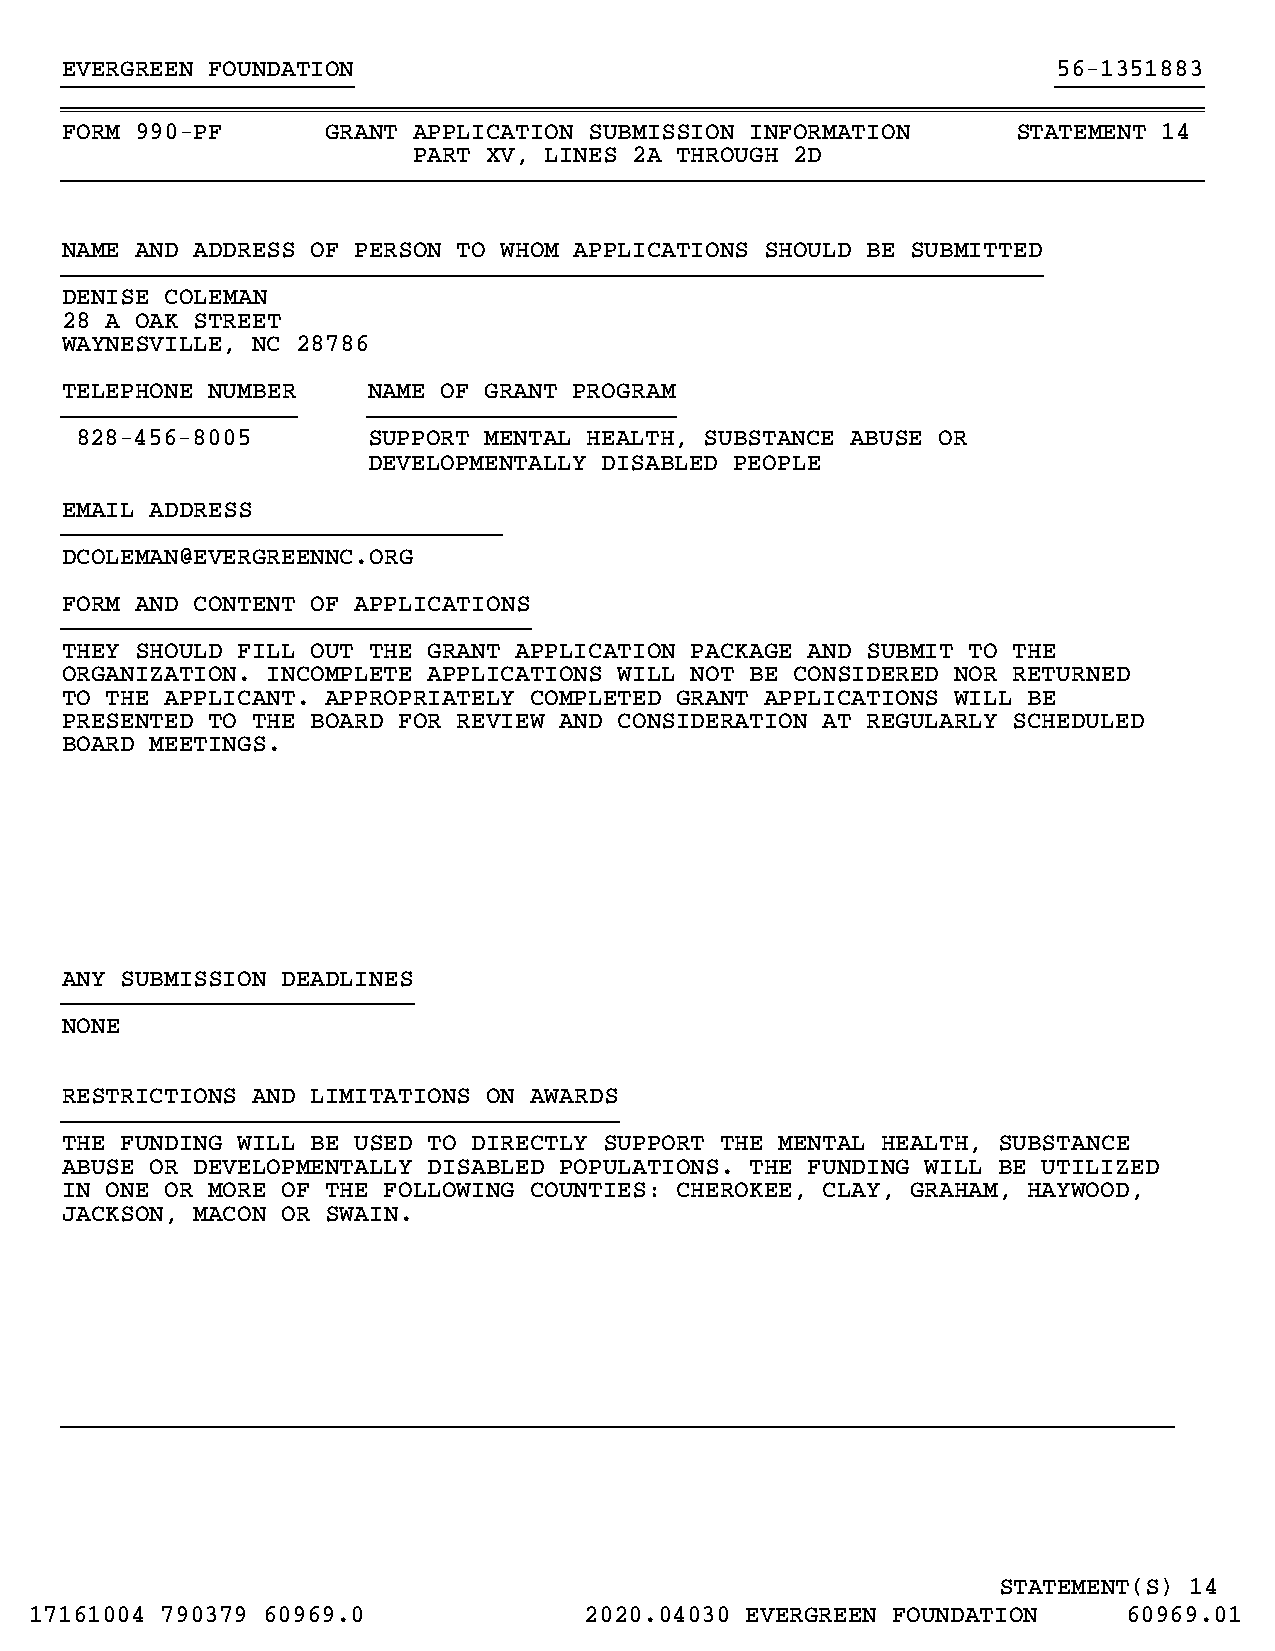
EVERGREEN FOUNDATION                                              56-1351883
 }}}}}}}}}}}}}}}}}}}}                                              }}}}}}}}}}
 ~~~~~~~~~~~~~~~~~~~~~~~~~~~~~~~~~~~~~~~~~~~~~~~~~~~~~~~~~~~~~~~~~~~~~~~~~~~~~~
 FORM 990-PF       GRANT APPLICATION SUBMISSION INFORMATION     STATEMENT 14
 PART XV, LINES 2A THROUGH 2D
 }}}}}}}}}}}}}}}}}}}}}}}}}}}}}}}}}}}}}}}}}}}}}}}}}}}}}}}}}}}}}}}}}}}}}}}}}}}}}}
 NAME AND ADDRESS OF PERSON TO WHOM APPLICATIONS SHOULD BE SUBMITTED
 }}}}}}}}}}}}}}}}}}}}}}}}}}}}}}}}}}}}}}}}}}}}}}}}}}}}}}}}}}}}}}}}}}}
 DENISE COLEMAN
 28 A OAK STREET
 WAYNESVILLE, NC 28786
 TELEPHONE NUMBER    NAME OF GRANT PROGRAM
 }}}}}}}}}}}}}}}}    }}}}}}}}}}}}}}}}}}}}}
 828-456-8005       SUPPORT MENTAL HEALTH, SUBSTANCE ABUSE OR
 DEVELOPMENTALLY DISABLED PEOPLE
 EMAIL ADDRESS
 }}}}}}}}}}}}}}}}}}}}}}}}}}}}}}
 DCOLEMAN@EVERGREENNC.ORG
 FORM AND CONTENT OF APPLICATIONS
 }}}}}}}}}}}}}}}}}}}}}}}}}}}}}}}}
 THEY SHOULD FILL OUT THE GRANT APPLICATION PACKAGE AND SUBMIT TO THE
 ORGANIZATION. INCOMPLETE APPLICATIONS WILL NOT BE CONSIDERED NOR RETURNED
 TO THE APPLICANT. APPROPRIATELY COMPLETED GRANT APPLICATIONS WILL BE
 PRESENTED TO THE BOARD FOR REVIEW AND CONSIDERATION AT REGULARLY SCHEDULED
 BOARD MEETINGS.
 ANY SUBMISSION DEADLINES
 }}}}}}}}}}}}}}}}}}}}}}}}
 NONE
 RESTRICTIONS AND LIMITATIONS ON AWARDS
 }}}}}}}}}}}}}}}}}}}}}}}}}}}}}}}}}}}}}}
 THE FUNDING WILL BE USED TO DIRECTLY SUPPORT THE MENTAL HEALTH, SUBSTANCE
 ABUSE OR DEVELOPMENTALLY DISABLED POPULATIONS. THE FUNDING WILL BE UTILIZED
 IN ONE OR MORE OF THE FOLLOWING COUNTIES: CHEROKEE, CLAY, GRAHAM, HAYWOOD,
 JACKSON, MACON OR SWAIN.
 }}}}}}}}}}}}}}}}}}}}}}}}}}}}}}}}}}}}}}}}}}}}}}}}}}}}}}}}}}}}}}}}}}}}}}}}}}}}
 STATEMENT(S) 14
 17161004 790379 60969.0              2020.04030 EVERGREEN FOUNDATION     60969.01